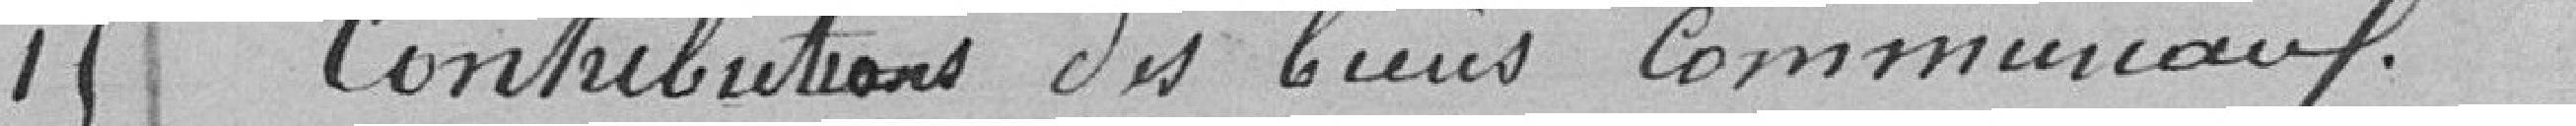
15 Contributions des biens communaux